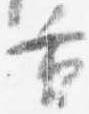
重